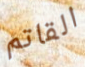
القاتم